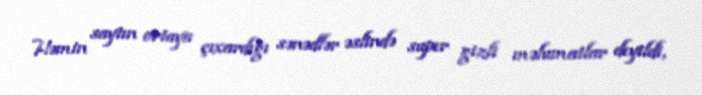
Həmin saytın ortaya çıxardığı sənədlər əslində super gizli məlumatlar deyildi,